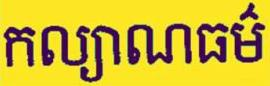
កល្យាណធម៍